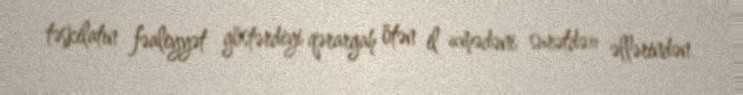
təşkilatın fəaliyyət göstərdiyi qərargah ötən il «mədəni surətdə» əllərindən